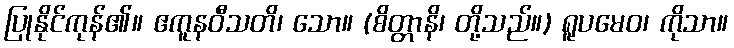
ပြုနိုင်ကုန်၏။ ဧကူနဝီသတိ၊ သော။ (စိတ္တာနိ၊ တို့သည်။) ရူပမေဝ၊ ကိုသာ။